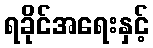
ရခိုင်အရေးနှင့်